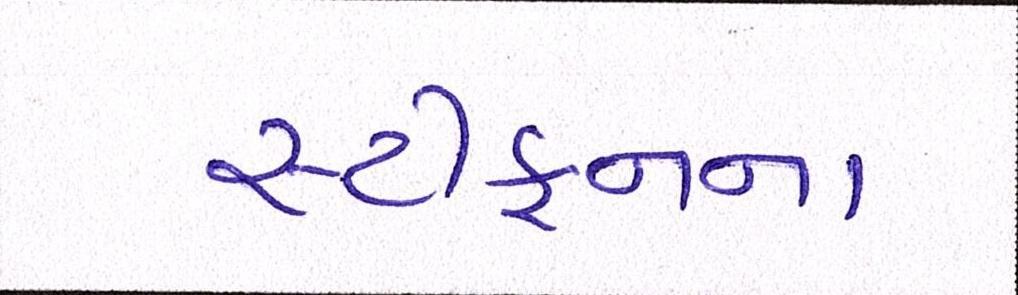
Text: સ્ટીફનના